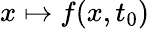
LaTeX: x\mapsto f(x,t_{0})